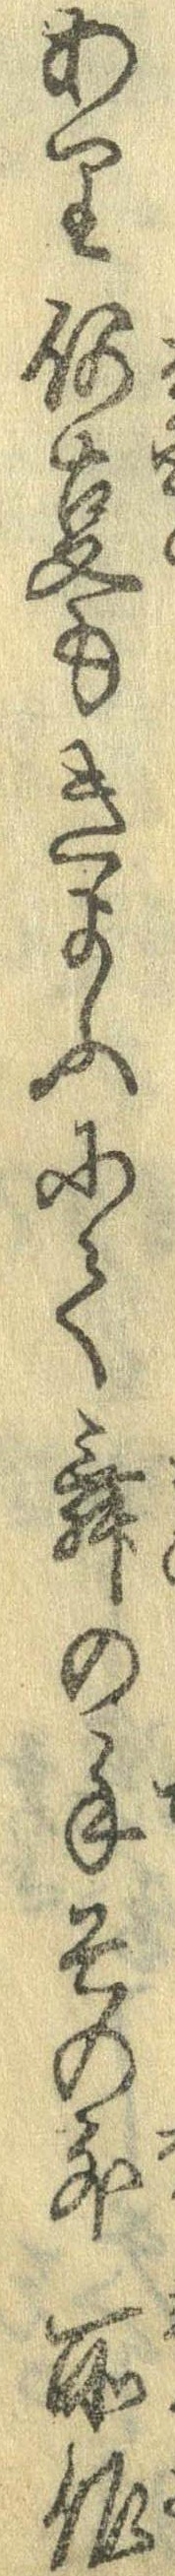
あり何事もきよふにて舞の手その外所作